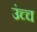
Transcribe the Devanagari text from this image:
उंच्च